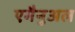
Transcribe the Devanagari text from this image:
एमैनुअल